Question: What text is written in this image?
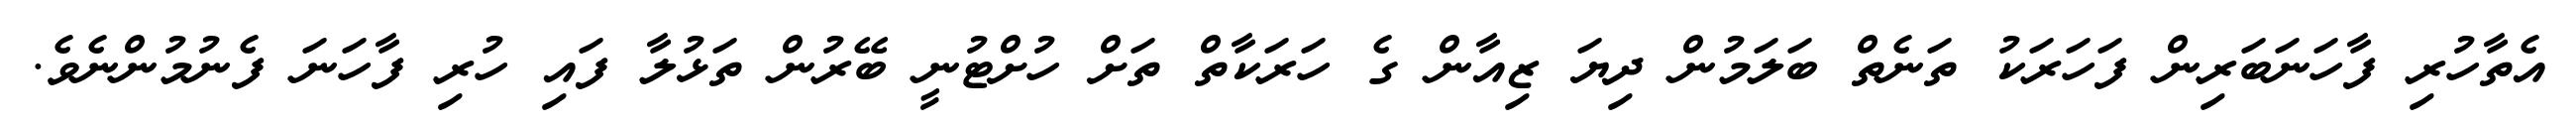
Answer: އެތާހުރި ފާހަނަބަރިން ފަހަރަކު ތަނެތް ބަލަމުން ދިޔަ ޒިއާން ގެ ހަރަކާތް ތަށް ހުށްޓުނީ ބޭރުން ތަޅުލާ ފައި ހުރި ފާހަނަ ފެނުމުންނެވެ.